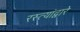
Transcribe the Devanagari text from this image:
रस्त्यांद्वारे